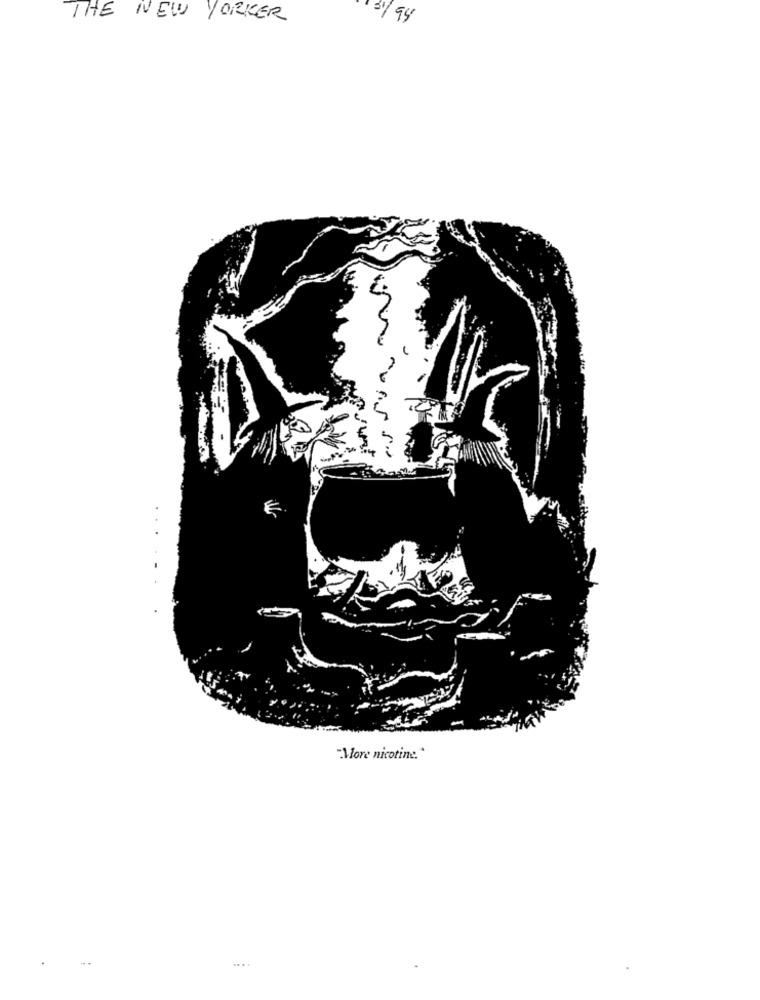
THE NEW YORKER
31/94
"More nicotine."
....